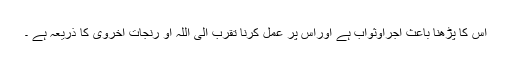
اس کا پڑھنا باعث اجراوثواب ہے اوراس پر عمل کرنا تقرب الی اللہ او رنجاتِ اخروی کا ذریعہ ہے ۔